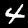
Label: 4